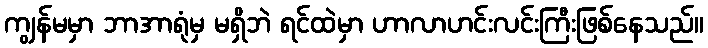
ကျွန်မမှာ ဘာအာရုံမှ မရှိဘဲ ရင်ထဲမှာ ဟာလာဟင်းလင်းကြီးဖြစ်နေသည်။